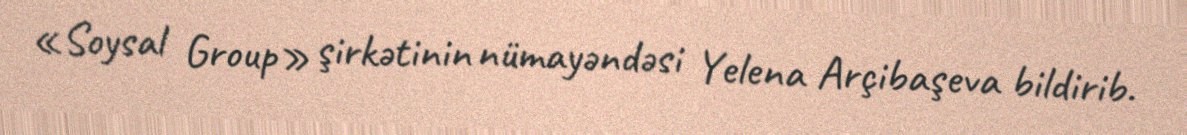
«Soysal Group» şirkətinin nümayəndəsi Yelena Arçibaşeva bildirib.